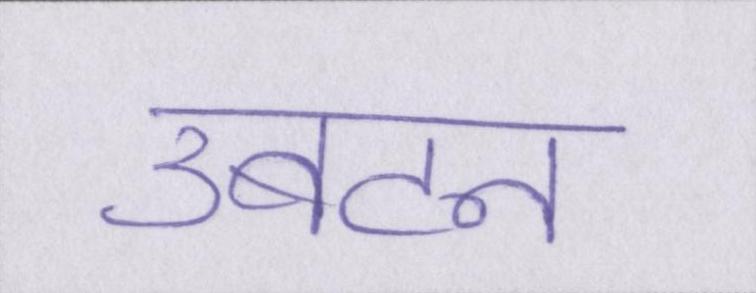
उबटन